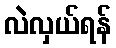
လဲလှယ်ရန်